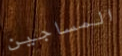
المساجين